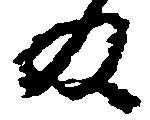
及